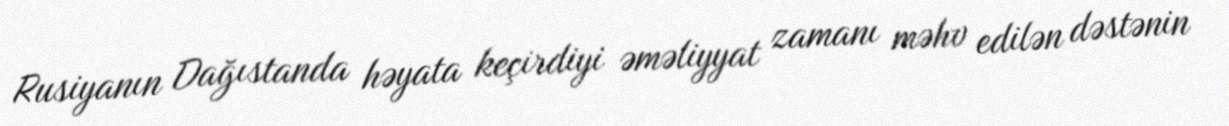
Rusiyanın Dağıstanda həyata keçirdiyi əməliyyat zamanı məhv edilən dəstənin